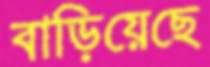
বাড়িয়েছে